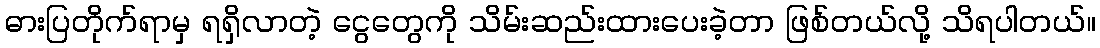
ဓားပြတိုက်ရာမှ ရရှိလာတဲ့ ငွေတွေကို သိမ်းဆည်းထားပေးခဲ့တာ ဖြစ်တယ်လို့ သိရပါတယ်။